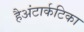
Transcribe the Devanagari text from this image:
हैअंटार्कटिका